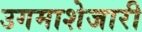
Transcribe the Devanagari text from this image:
उगमाशेजारी